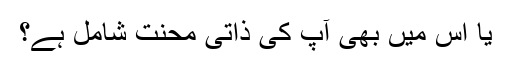
یا اس میں بھی آپ کی ذاتی محنت شامل ہے؟